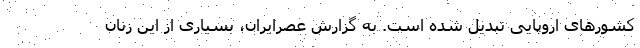
کشورهای اروپایی تبدیل شده است. به گزارش عصرایران، بسیاری از این زنان